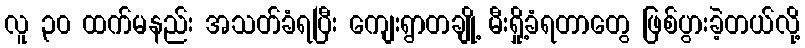
လူ ၃၀ ထက်မနည်း အသတ်ခံရပြီး ကျေးရွာတချို့ မီးရှို့ခံရတာတွေ ဖြစ်ပွားခဲ့တယ်လို့